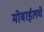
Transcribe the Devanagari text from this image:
मोबाईलचे